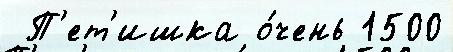
 П'ет'ишка о́чень 1500